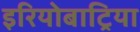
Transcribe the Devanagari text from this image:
इरियोबाट्रिया